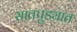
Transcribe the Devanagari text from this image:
सातपुड्यात